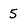
Character: 5